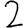
Digit: 2